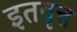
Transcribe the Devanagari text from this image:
इतवृत्त